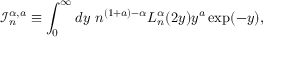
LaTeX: \mathcal { I } _ { n } ^ { \alpha , a } \equiv \int _ { 0 } ^ { \infty } d y \ n ^ { ( 1 + a ) - \alpha } L _ { n } ^ { \alpha } ( 2 y ) y ^ { a } \exp ( - y ) ,